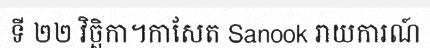
ទី ២២ វិច្ឆិកា។កាសែត Sanook រាយការណ៍